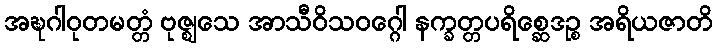
အဍ္ဎဂါဝုတမတ္တံ ဗုဇ္ဈသေ အာသီဝိသဝဂ္ဂေါ နက္ခတ္တပရိစ္ဆေဒဉ္စ အရိယဇာတိ